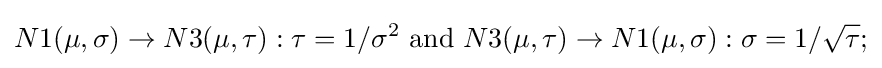
N1(\mu ,\sigma )\rightarrow N3(\mu ,\tau ):\tau =1/\sigma ^{2}{\mbox{ and }}N3(\mu ,\tau )\rightarrow N1(\mu ,\sigma ):\sigma =1/{\sqrt {\tau }};